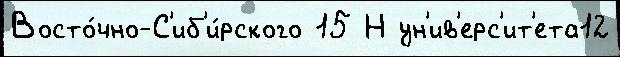
Восто́чно-С'иб'и́рского 15 Н ун'ив'ерс'ит'ета12